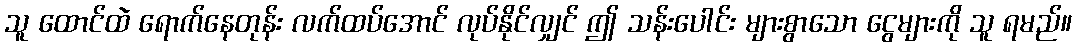
သူ ထောင်ထဲ ရောက်နေတုန်း လက်ထပ်အောင် လုပ်နိုင်လျှင် ဤ သန်းပေါင်း များစွာသော ငွေများကို သူ ရမည်။